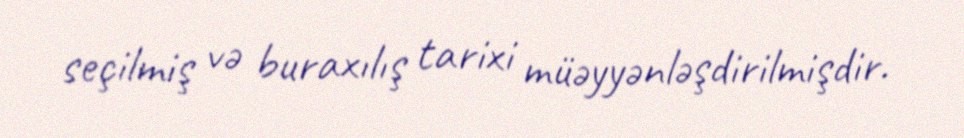
seçilmiş və buraxılış tarixi müəyyənləşdirilmişdir.